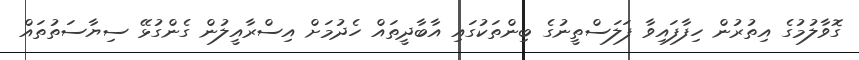
ގޮވާލުމުގެ އިތުރުން ހިފާފައިވާ ފަލަސްތީނުގެ ބިންތަކުގައި އާބާދީތައް ހެދުމަށް އިސްރާއީލުން ގެންގުޅޭ ސިޔާސަތުތައް